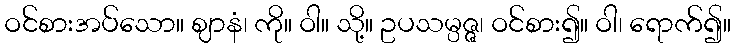
ဝင်စားအပ်သော။ ဈာနံ၊ ကို။ ဝါ။ သို့။ ဥပသမ္ပဇ္ဇ၊ ဝင်စား၍။ ဝါ၊ ရောက်၍။